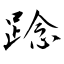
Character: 踗